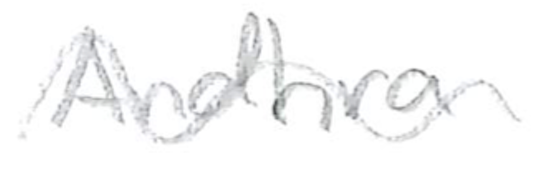
Text: Andhra
Cross-out: wave
Writing tool: pencil